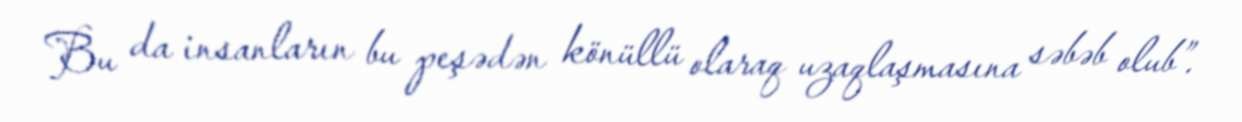
Bu da insanların bu peşədən könüllü olaraq uzaqlaşmasına səbəb olub”.